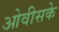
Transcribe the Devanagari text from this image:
ओवीसके